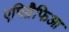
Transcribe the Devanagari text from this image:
एपिग्रैफिआ